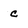
Character: c